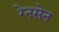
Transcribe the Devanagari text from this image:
रेनसेन